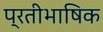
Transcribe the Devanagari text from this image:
प्रतीभाषिक